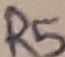
Text: R5